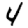
Digit: 4